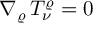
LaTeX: \nabla _ { \varrho } \, T _ { \nu } ^ { \varrho } = 0 \, \, \/